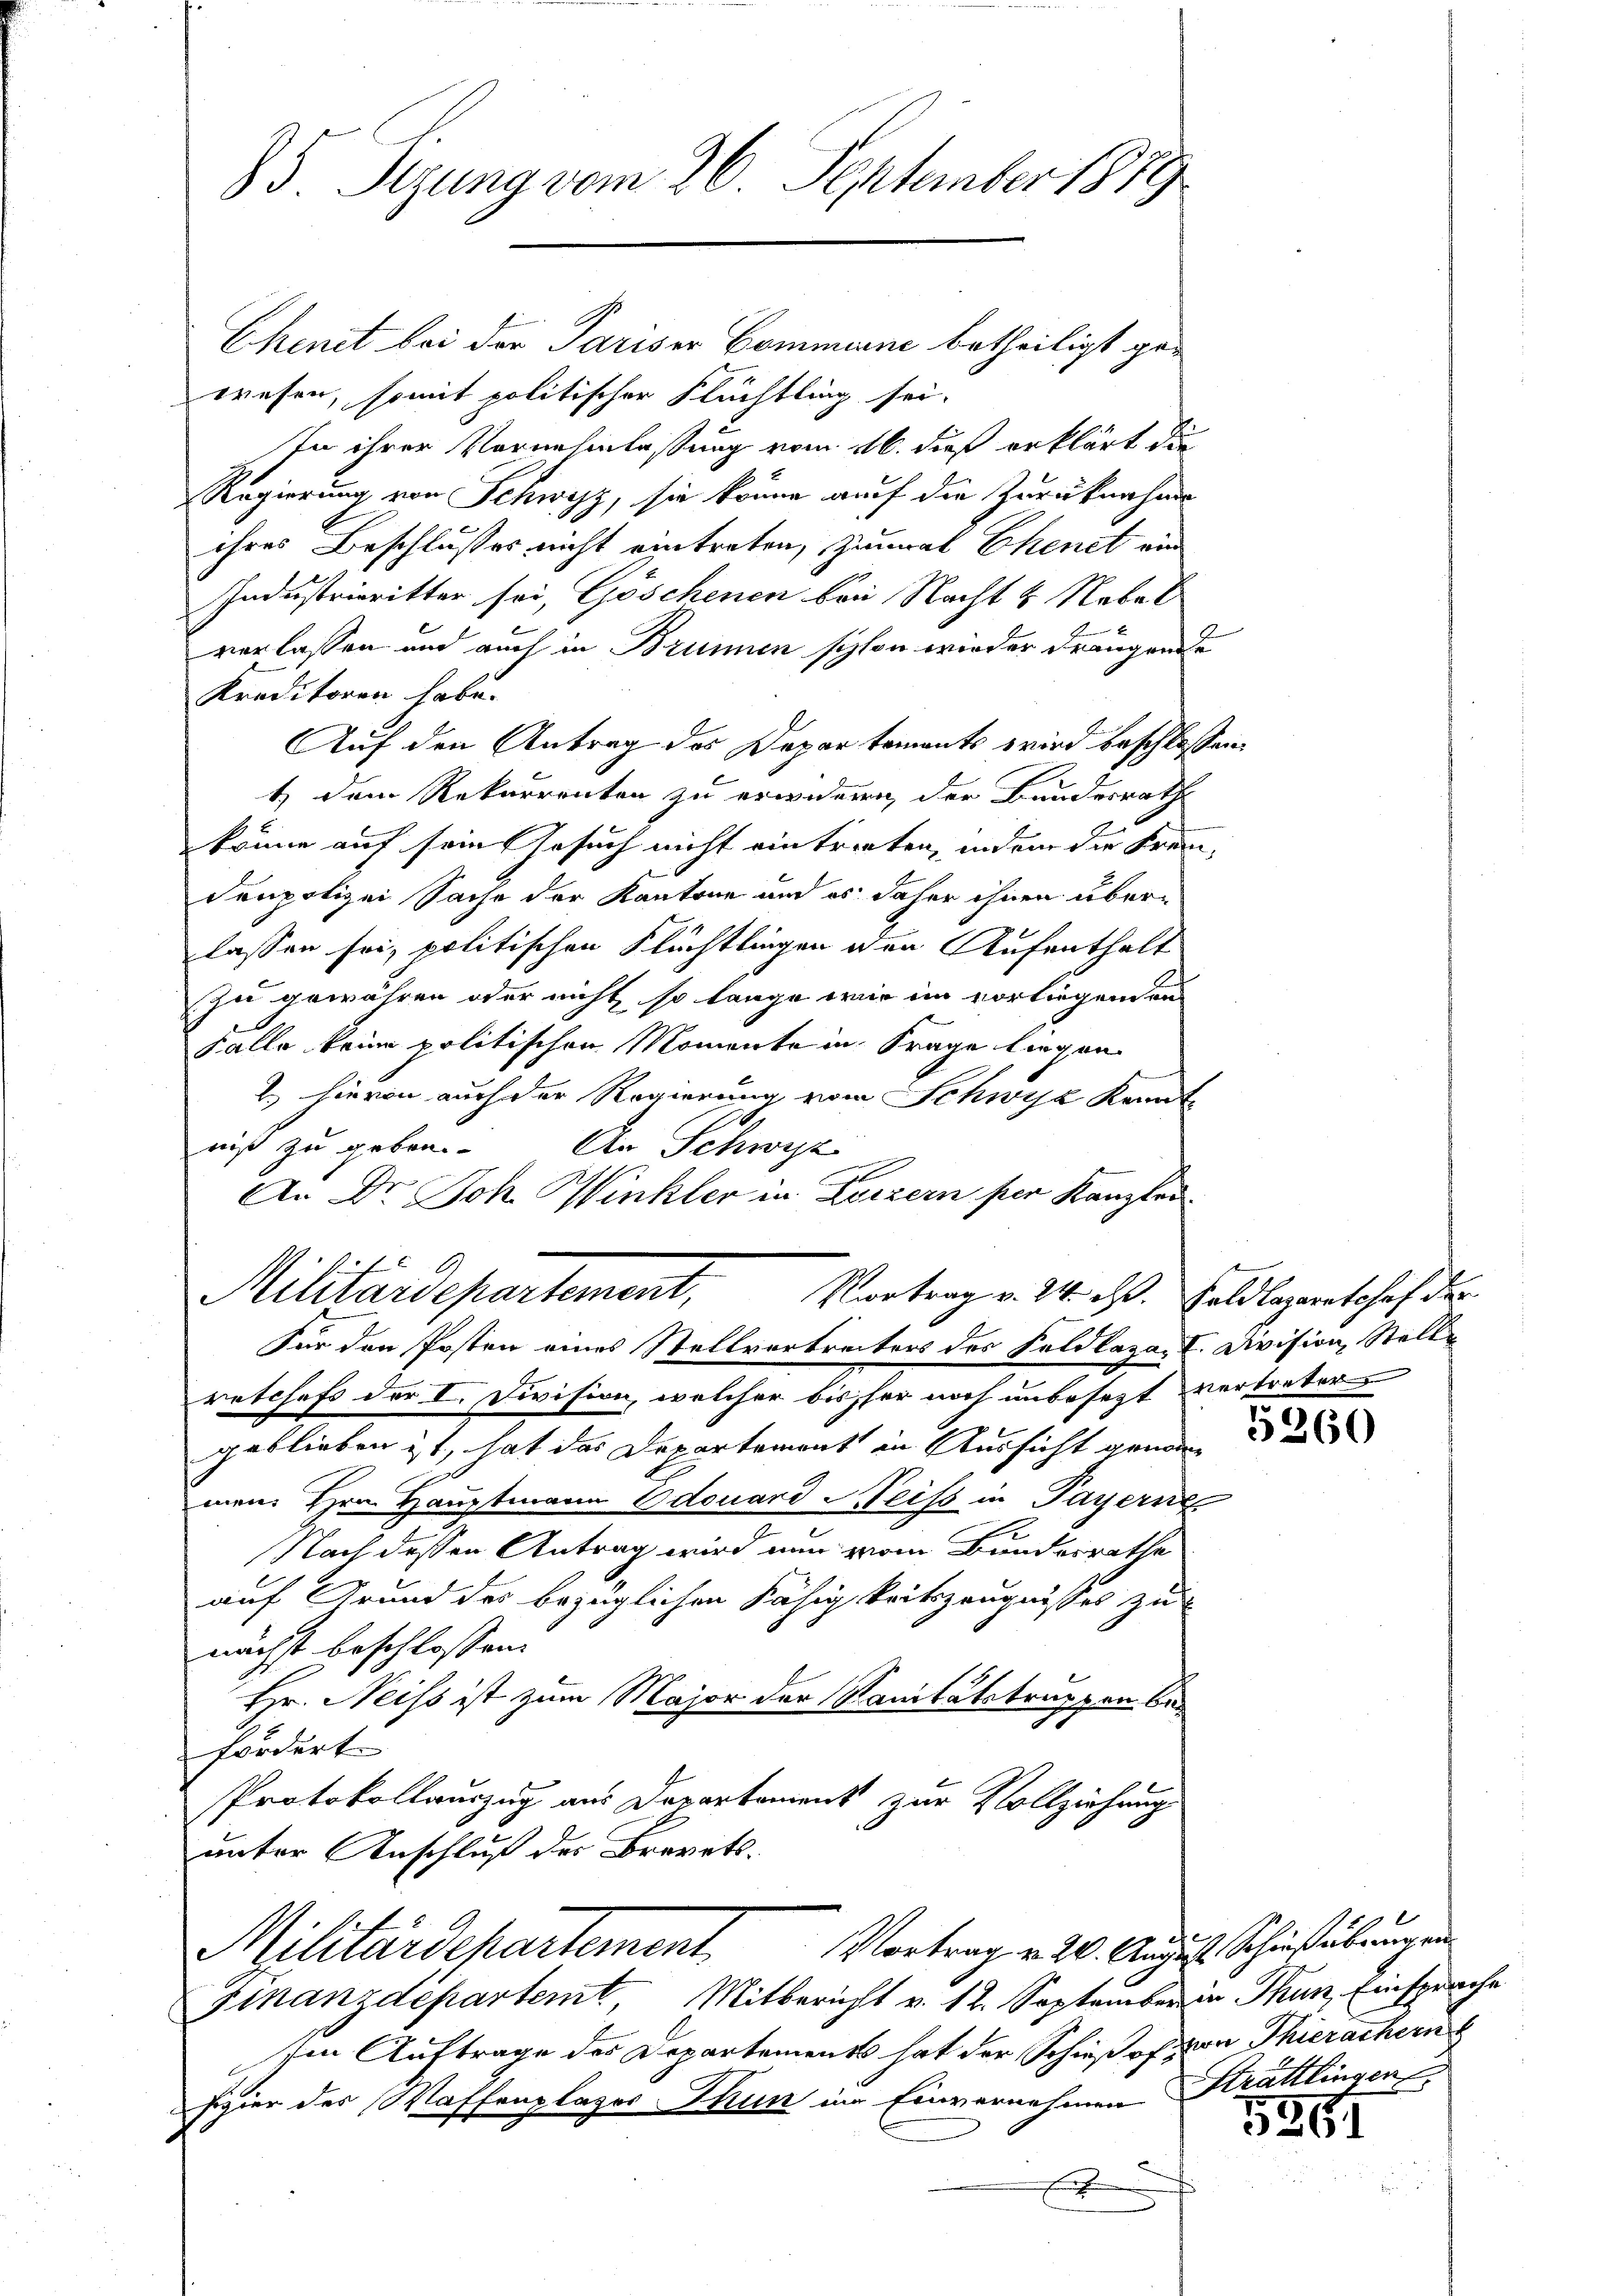
85. Sizung vom 26. September 1819
Ehenit bei der Pariser Commanni betheiligt ge¬

wesen, somit politischer Flüchtling sei.
In ihrer Vornehmlassung vom 16. dieß erklärt die
Regierung von Schwyz, sie könne auf die Zurükerhan
ihres Beschlusses nicht eintreten, zumal Ekenet ein
Industrieritter sei, Göschenen bei Nacht 4 Nebel
verlassen und auch in Brunnen schon wieder drängende
Kreditoren habe.
Auf den Antrag des Departements wird beschlossen:
2
t dem Rekurrenten zu erwidern, der Bundesrath
könne auf sein Gesuch nicht eintrirten, indem die Frei-
denpolizei Sache der Kantone und es daher ihnen überlassen sei, politischen Flüchtlingen oder Aufenthalt
zu gewähren oder nicht so lange wie im vorliegenden
Falle keine politischen Momente in Frage liegen
2. hievon auch der Regierung vom Schwyz kannt
10.
niß zu geben.
An Schwyz
e
An Dr. Joh. Winkler in Luzern per Kanzler
Militärdepartement,
Vortrag v. 24. d. Soldlazaretshof der
Für den Posten eines Stellvertreiters des Feldlaza, I. Division, Stellretchefs der I. Division, welcher bisher noch unbesezt vertreter
geblieben ist, hat das Departement in Aussicht genomm
men Hrn. Hauptmann Odouard Heiss in Payern
Nach dessen Antrag wird nun vom Bundesrathe
auf Grund des bezüglichen Fähigkeitszeugnisses zu
nächst beschlossen:
Hr. Neiss ist zum Major der Sanitätstrappen befordert.
Protokollauszug aus Departement zur Vollziehung
unter Anschluß der Brevets.

Militärdepartement. Vortrag v. 20. August Schichtübungen

Finanzdepartemt, Mitbericht v. 12. September in Thun, Einsprache
Ien Auftrage des Departements hat der Schießes von Thierachern
Pizier des Waffenplazer Thun in Einvernehmen
x

5360

Strättlingen

5261